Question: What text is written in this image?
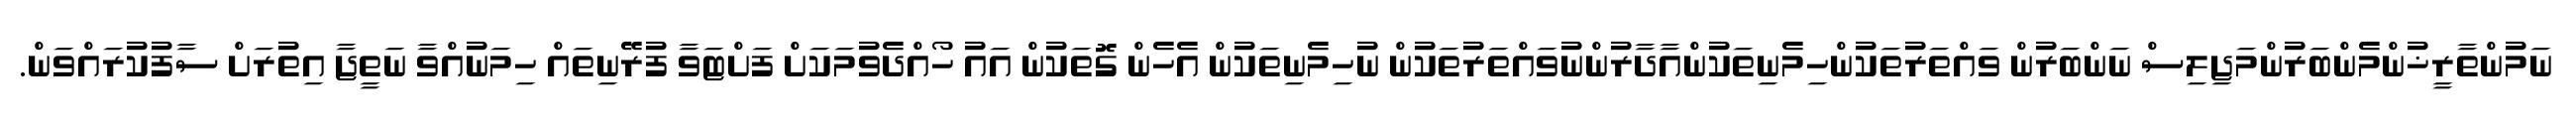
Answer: ނަމުންތާރީޚުންމެންބަރުންމަޖިލިސް ނަންބަރުން ވައްތަރުތަކުންހިމެނިތަކުންއާދާރުންނުވައްތަރުތަކުން ނުހިމެނިތަކުން އެހެން ގޮތަކުން އައު ހޯއްދެވުމަކަށް ފަށްޓަވާ ފުރޭނިތައް ހިމަނުއްވާ ނަތީޖާ އިތުރަށް ސާފުކުރައްވަން.